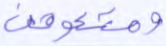
ومتعوهن